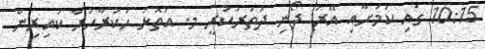
10:15 ގައި ކަމަށާއި އޭރު ދޯނި ދަތުރުކުރީ މ. އަތޮޅު ހަކުރާހުރާ ކައިރިން